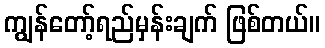
ကျွန်တော့်ရည်မှန်းချက် ဖြစ်တယ်။